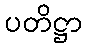
ပတိဋ္ဌာ